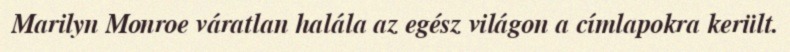
Marilyn Monroe váratlan halála az egész világon a címlapokra került.